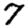
Digit: 7